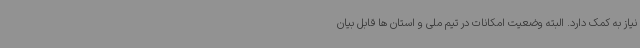
نیاز به کمک دارد. البته وضعیت امکانات در تیم ملی و استان ها قابل بیان